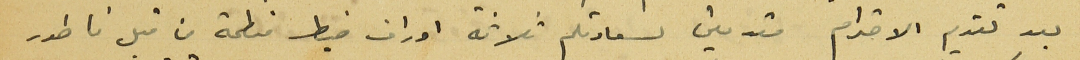
بعد تقديم الاحترام مقدمين لسعادتكم ثلاثة اوراق ضبط منظمة من قبل ناطور